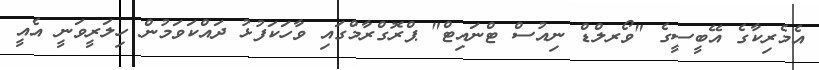
އެމެރިކާގެ އޭބީސީގެ "ވޯރލްޑް ނިއުސް ޓްނައިޓް" ޕްރޮގްރާމްގައި ވާހަކަފުޅު ދައްކަވަމުން ހިލަރީވަނީ އެއީ